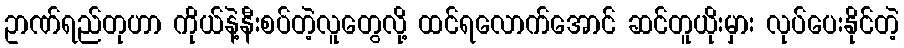
ဥာဏ်ရည်တုဟာ ကိုယ်နဲ့နီးစပ်တဲ့လူတွေလို့ ထင်ရလောက်အောင် ဆင်တူယိုးမှား လုပ်ပေးနိုင်တဲ့